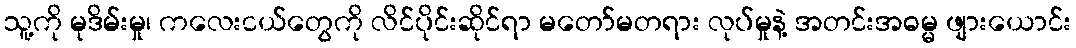
သူ့ကို မုဒိမ်းမှု၊ ကလေးငယ်တွေကို လိင်ပိုင်းဆိုင်ရာ မတော်မတရား လုပ်မှုနဲ့ အတင်းအဓမ္မ ဖျားယောင်း